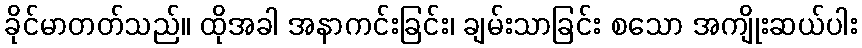
ခိုင်မာတတ်သည်။ ထိုအခါ အနာကင်းခြင်း၊ ချမ်းသာခြင်း စသော အကျိုးဆယ်ပါး